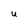
Character: U